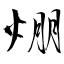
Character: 焩